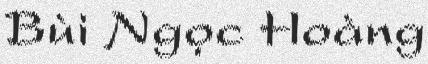
Bùi Ngọc Hoàng